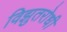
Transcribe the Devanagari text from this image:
विझुतरोधी